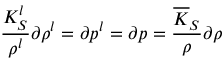
\frac { K _ { S } ^ { l } } { \rho ^ { l } } \partial \rho ^ { l } = \partial p ^ { l } = \partial p = \frac { \overline { { K } } _ { S } } { \rho } \partial \rho